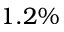
1 . 2 \%